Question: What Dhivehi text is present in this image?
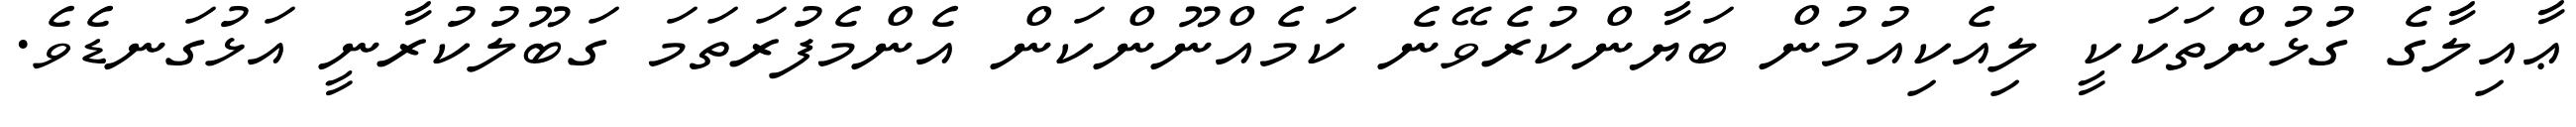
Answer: ޢާއިލާގެ ގުޅުންތަކަކީ ލިއެކިއުމުން ބަޔާންކުރެވޭނެ ކަމެއްނޫންކަން އެންމެފުރަތަމަ ގަބޫލުކުރާނީ އަޅުގަނޑެވެ.